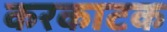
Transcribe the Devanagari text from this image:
करकाटक